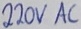
Text: 220V AC